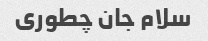
سلام جان چطوری